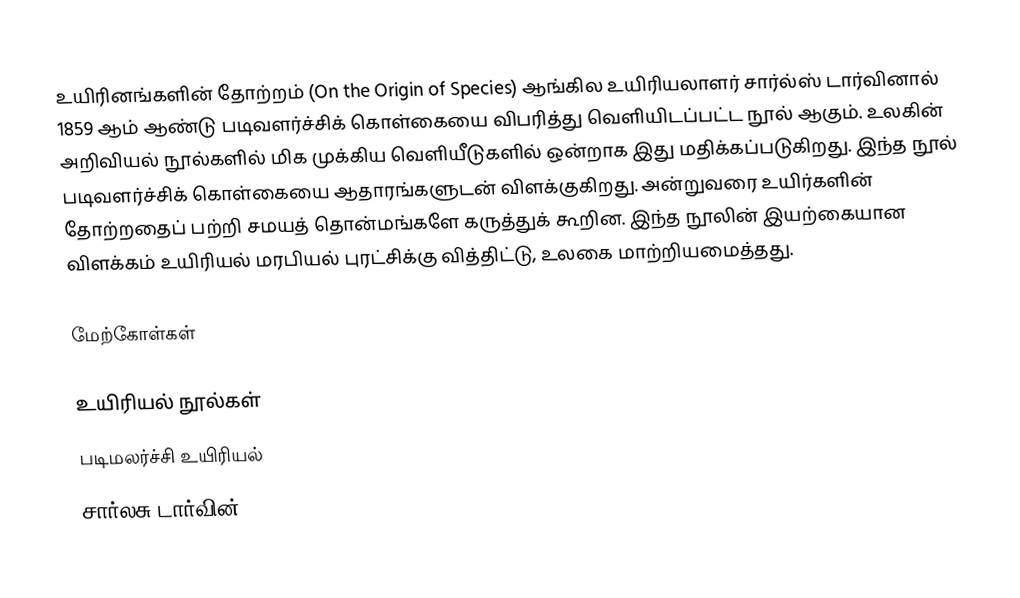
உயிரினங்களின் தோற்றம் (On the Origin of Species) ஆங்கில உயிரியலாளர் சார்ல்ஸ் டார்வினால் 1859 ஆம் ஆண்டு படிவளர்ச்சிக் கொள்கையை விபரித்து வெளியிடப்பட்ட நூல் ஆகும். உலகின் அறிவியல் நூல்களில் மிக முக்கிய வெளியீடுகளில் ஒன்றாக இது மதிக்கப்படுகிறது. இந்த நூல் படிவளர்ச்சிக் கொள்கையை ஆதாரங்களுடன் விளக்குகிறது. அன்றுவரை உயிர்களின் தோற்றதைப் பற்றி சமயத் தொன்மங்களே கருத்துக் கூறின. இந்த நூலின் இயற்கையான விளக்கம் உயிரியல் மரபியல் புரட்சிக்கு வித்திட்டு, உலகை மாற்றியமைத்தது.

மேற்கோள்கள்

உயிரியல் நூல்கள்
படிமலர்ச்சி உயிரியல்
சார்லசு டார்வின்